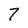
Character: 7